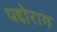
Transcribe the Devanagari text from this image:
पद्दोराग